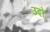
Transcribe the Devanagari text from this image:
उदो